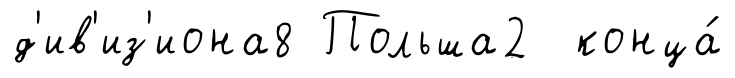
д'ив'из'иона8 Польша2 конца́